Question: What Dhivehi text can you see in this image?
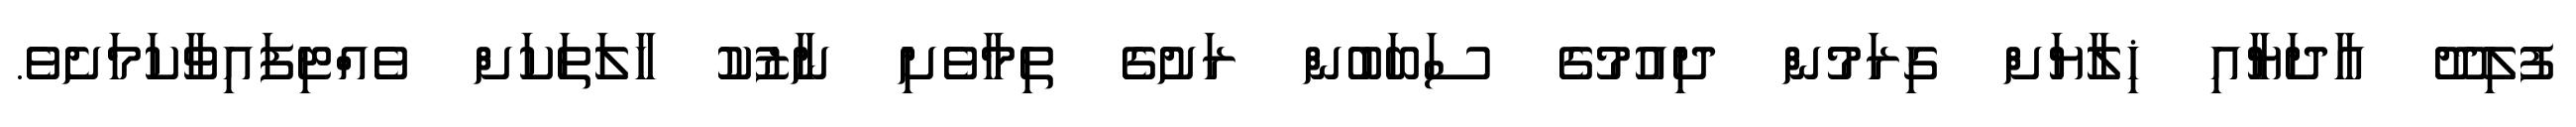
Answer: ފުލިދޫ އާދަޔާއި ޚިލާޔަށް ގިރަމުން ދިއުމުގެ ސަބަބުން ރަށުގެ ތިމާވެށި ނާޒުކު ހާލަތަކަށް ވެއްޓިފައިވާކަމަށެވެ.